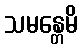
သမန္တေမိ